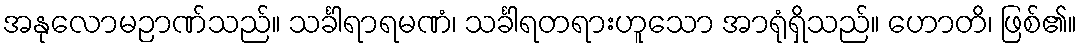
အနုလောမဉာဏ်သည်။ သင်္ခါရာရမဏံ၊ သင်္ခါရတရားဟူသော အာရုံရှိသည်။ ဟောတိ၊ ဖြစ်၏။